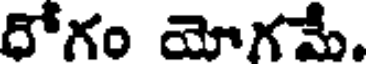
రోగం యోగమే.